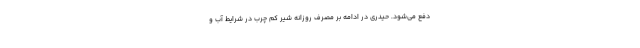
دفع می‌شود. حیدری در ادامه بر مصرف روزانه شیر کم چرب در شرایط آب و